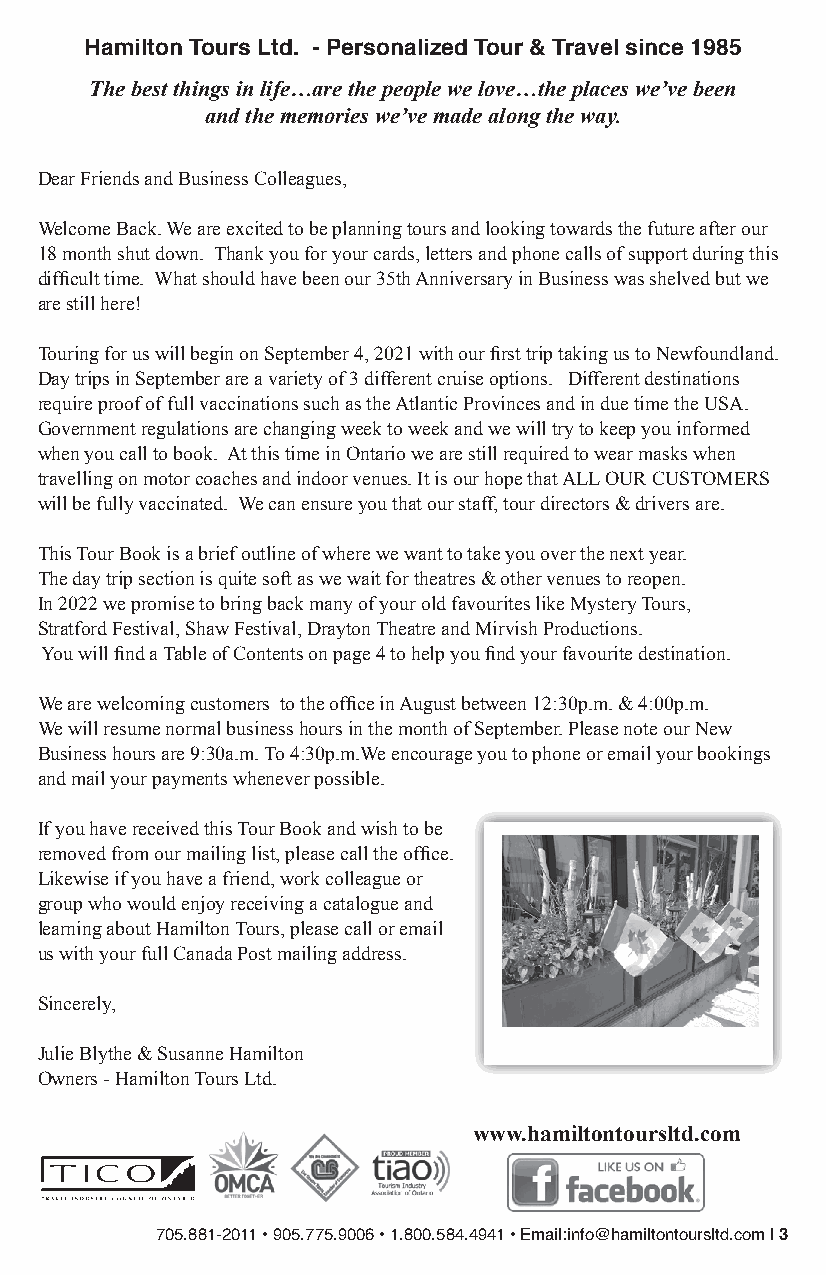
Hamilton Tours Ltd. - Personalized Tour & Travel since 1985
 The best things in life…are the people we love…the places we’ve been
 and the memories we’ve made along the way.
 Dear Friends and Business Colleagues,
 Welcome Back. We are excited to be planning tours and looking towards the future after our
 18 month shut down. Thank you for your cards, letters and phone calls of support during this
 difficult time. What should have been our 35th Anniversary in Business was shelved but we
 are still here!
 Touring for us will begin on September 4, 2021 with our first trip taking us to Newfoundland.
 Day trips in September are a variety of 3 different cruise options. Different destinations
 require proof of full vaccinations such as the Atlantic Provinces and in due time the USA.
 Government regulations are changing week to week and we will try to keep you informed
 when you call to book. At this time in Ontario we are still required to wear masks when
 travelling on motor coaches and indoor venues. It is our hope that ALL OUR CUSTOMERS
 will be fully vaccinated. We can ensure you that our staff, tour directors & drivers are.
 This Tour Book is a brief outline of where we want to take you over the next year.
 The day trip section is quite soft as we wait for theatres & other venues to reopen.
 In 2022 we promise to bring back many of your old favourites like Mystery Tours,
 Stratford Festival, Shaw Festival, Drayton Theatre and Mirvish Productions.
 You will find a Table of Contents on page 4 to help you find your favourite destination.
 We are welcoming customers to the office in August between 12:30p.m. & 4:00p.m.
 We will resume normal business hours in the month of September. Please note our New
 Business hours are 9:30a.m. To 4:30p.m.We encourage you to phone or email your bookings
 and mail your payments whenever possible.
 If you have received this Tour Book and wish to be
 removed from our mailing list, please call the office.
 Likewise if you have a friend, work colleague or
 group who would enjoy receiving a catalogue and
 learning about Hamilton Tours, please call or email
 us with your full Canada Post mailing address.
 Sincerely,
 Julie Blythe & Susanne Hamilton
 Owners - Hamilton Tours Ltd.
 www.hamiltontoursltd.com
 705.881-2011 • 905.775.9006 • 1.800.584.4941 • Email:info@hamiltontoursltd.com | 3